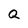
Character: Q